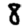
Digit: 8